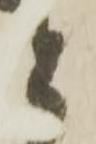
と